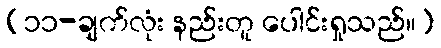
(၁၁-ချက်လုံး နည်းတူ ပေါင်းရှုသည်။)